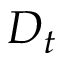
D _ { t }